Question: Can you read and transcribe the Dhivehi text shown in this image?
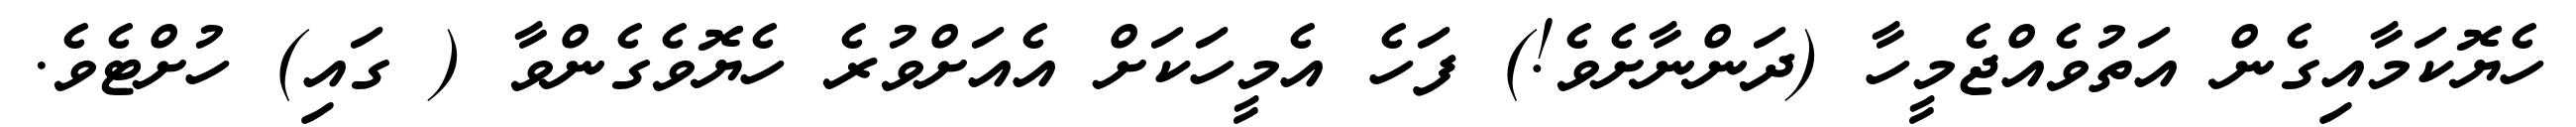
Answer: ހެޔޮކަމާއިގެން އަތުވެއްޖެމީހާ (ދަންނާށެވެ!) ފަހެ އެމީހަކަށް އެއަށްވުރެ ހެޔޮވެގެންވާ ( ގައި) ހުށްޓެވެ.